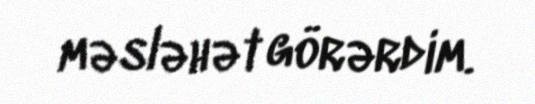
məsləhət görərdim.